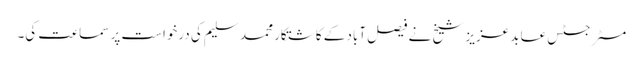
مسٹر جسٹس عابد عزیز شیخ نے فیصل آباد کے کاشتکار محمد سلیم کی درخواست پر سماعت کی۔